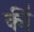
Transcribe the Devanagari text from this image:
की॑